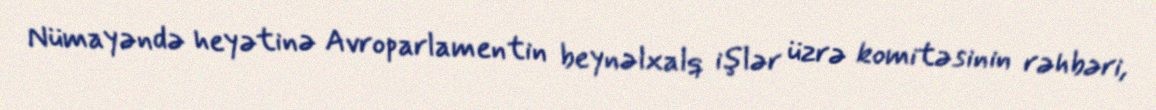
Nümayəndə heyətinə Avroparlamentin beynəlxalq işlər üzrə komitəsinin rəhbəri,